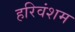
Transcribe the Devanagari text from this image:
हरिवंशम